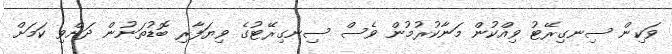
ވަކިން ސިނގިރޭޓު ވިއްކުން މަނާކުރުމުން ވެސް ސިނގިރޭޓުގެ ވިޔަފާރި ބޮޑުތަނުން ދަށްވި ކަމަށް